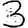
Digit: 3